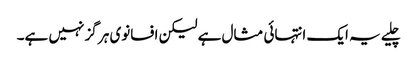
چلیے یہ ایک انتہائی مثال ہے لیکن افسانوی ہر گز نہیں ہے۔